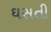
ઘસતી